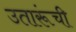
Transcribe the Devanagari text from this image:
उतारूंची